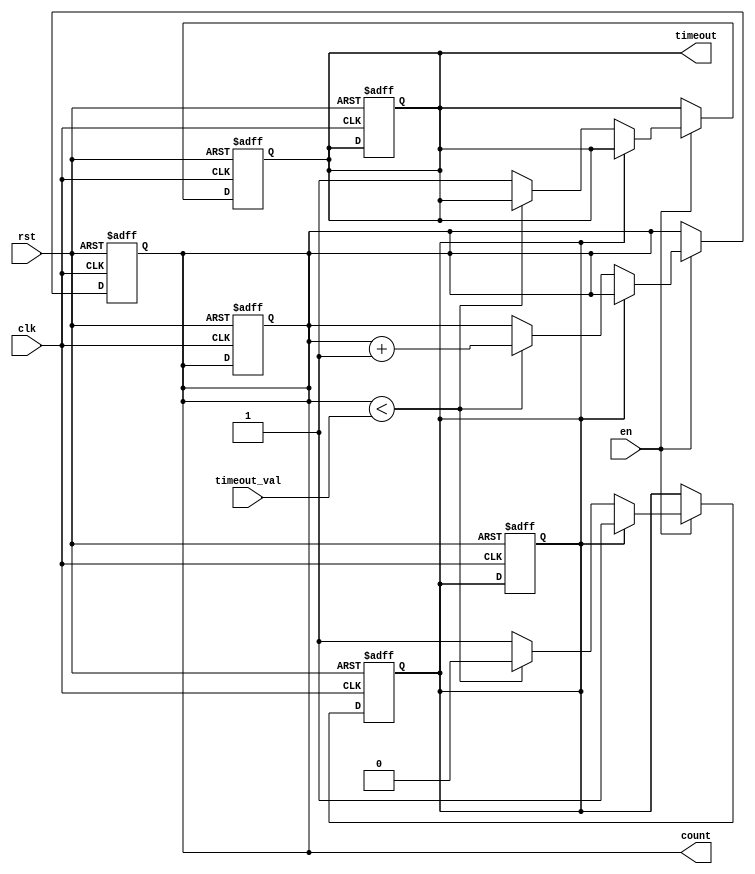
module timeout_counter (
    input wire clk,            // Clock signal
    input wire rst,            // Asynchronous reset
    input wire en,             // Enable signal
    input wire [15:0] timeout_val, // Configurable time-out value (16 bits)
    output reg [15:0] count,    // Current count value (16 bits)
    output reg timeout          // Time-out signal (active high)
);

    // State for time-out
    parameter IDLE = 1'b0;
    parameter TIMEOUT = 1'b1;
    
    reg state;                 // Current state of the counter

    // Asynchronous reset logic
    always @(posedge clk or posedge rst) begin
        if (rst) begin
            count <= 16'b0;    // Reset counter
            timeout <= 1'b0;   // Deactivate time-out signal
            state <= IDLE;     // Reset state
        end else if (en) begin
            if (state == IDLE) begin
                if (count < timeout_val) begin
                    count <= count + 1; // Increment counter
                end else begin
                    timeout <= 1'b1;    // Activate time-out signal
                    state <= TIMEOUT;   // Transition to TIMEOUT state
                end
            end
        end
    end
    
    // Logic to deactivate time-out after read
    always @(posedge clk or posedge rst) begin
        if (rst) begin
            timeout <= 1'b0;     // Reset time-out signal
            count <= 16'b0;      // Also reset count on reset
            state <= IDLE;       // Ensure to return to IDLE state
        end else if (timeout == 1'b1) begin
            // Once the timeout signal is active, retain it until a reset occurs
            // This example assumes a one-shot timeout signal
            // Change this logic if a continuous timeout signal is desired
        end
    end

endmodule